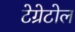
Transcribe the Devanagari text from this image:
टेग्रेटोल